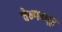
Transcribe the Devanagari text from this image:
चेन्गन्नूर